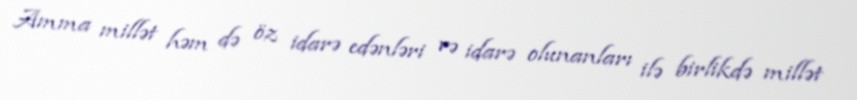
Amma millət həm də öz idarə edənləri və idarə olunanları ilə birlikdə millət